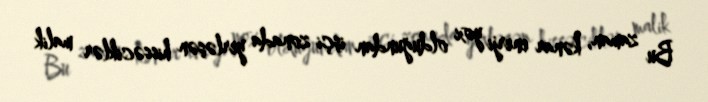
Bu zaman, kənar enerji yox olduğundan işçi zonada yerləşən hissəciklər malik